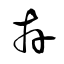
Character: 卉